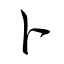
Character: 卜